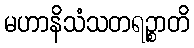
မဟာနိသံသတရဉ္စာတိ